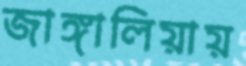
জাঙ্গালিয়ায়